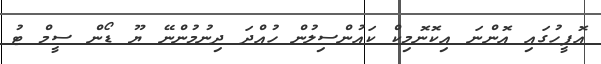
އޮފީހުގައި އޮންނަ އިކޮނޮމިކް ކައުންސިލުން ހުއްދަ ދިނުމުންނޭ ޔޫ ޑޯން ސީމް ޓު